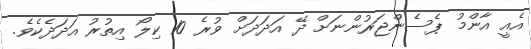
އެއީ އާންމު ޕެސެންޖަރުންނަށް ދޭ އަދަދަށް ވުރެ 10 ކިލޯ އިތުރު އަދަދެކެވެ.